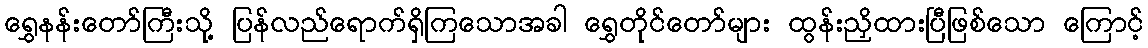
ရွှေနန်းတော်ကြီးသို့ ပြန်လည်ရောက်ရှိကြသောအခါ ရွှေတိုင်တော်များ ထွန်းညှိထားပြီဖြစ်သော ကြောင့်